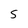
Character: S